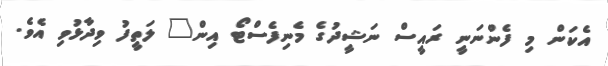
އެކަން މި ފެންނަނީ ރައީސް ނަޝީދުގެ މެނިފެސްޓޯ އިން" ލަތީފު ވިދާޅުވި އެވެ.